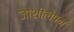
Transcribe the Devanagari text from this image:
जोशीलेपन